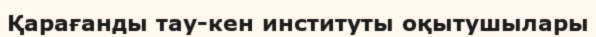
Қарағанды тау-кен институты оқытушылары